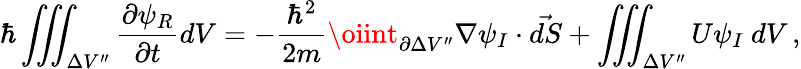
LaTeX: \hbar\iiint_{\Delta V^{\prime\prime}}\frac{\partial\psi_{R}}{\partial t}dV=-\frac{\hbar^{2}}{2m}\oiint_{\partial\Delta V^{\prime\prime}}\nabla\psi_{I}\cdot\vec{dS}+\iiint_{\Delta V^{\prime\prime}}U\psi_{I}\ dV\, ,